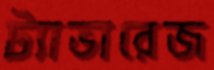
ট্যাভারেজ